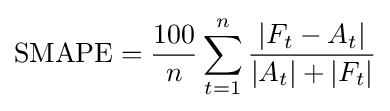
{\text{SMAPE}}={\frac {100}{n}}\sum _{t=1}^{n}{\frac {|F_{t}-A_{t}|}{|A_{t}|+|F_{t}|}}